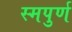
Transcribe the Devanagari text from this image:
स्मपुर्ण